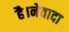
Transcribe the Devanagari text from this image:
है।नेवादा